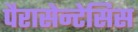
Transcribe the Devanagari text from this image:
पैरासेन्टेसिस